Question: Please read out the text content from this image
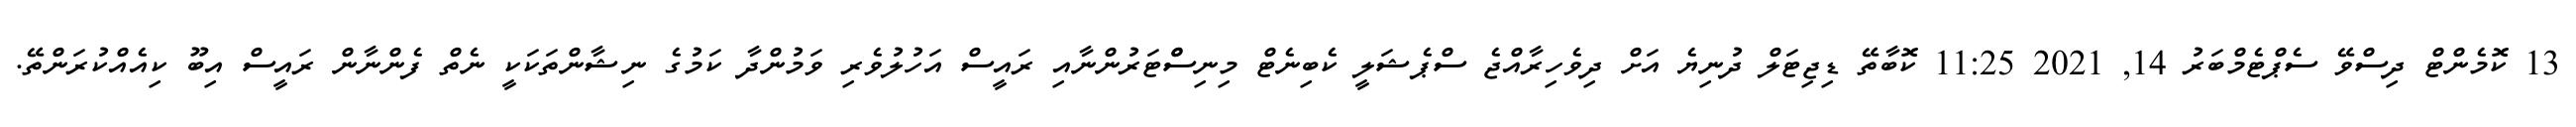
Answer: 13 ކޮމެންޓް ދިސްވޭ ސެޕްޓެމްބަރު 14, 2021 11:25 ކޮބާތޭ ޑިޖިޓަލް ދުނިޔެ އަށް ދިވެހިރާއްޖެ ސްޕެޝަލީ ކެބިނެޓް މިނިސްްޓަރުންނާއި ރައީސް އަހުލުވެރި ވަމުންދާ ކަމުގެ ނިޝާންތަކަކީ ނެތް ފެންނާން ރައީސް އިބޫ ކިއެއްކުރަންތޭ.